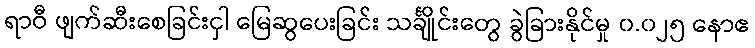
ရာဝီ ဖျက်ဆီးစေခြင်းငှါ မြေဆွပေးခြင်း သင်္ချိုင်းတွေ ခွဲခြားနိုင်မှု ၀.၀၂၅ နောဧ